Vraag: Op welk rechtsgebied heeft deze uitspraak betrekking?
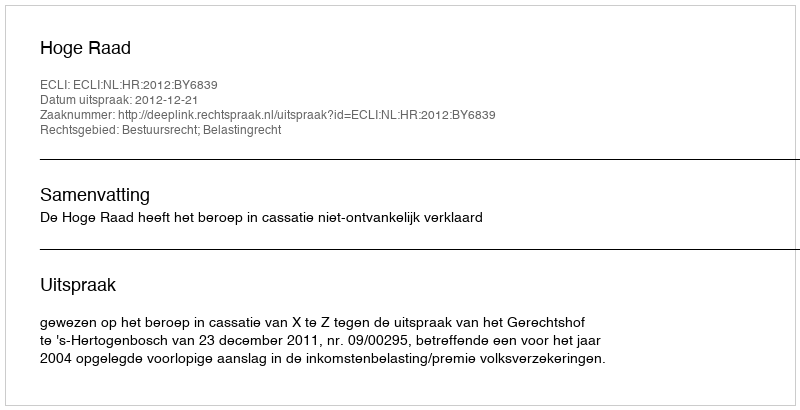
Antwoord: Bestuursrecht; Belastingrecht